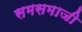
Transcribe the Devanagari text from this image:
समसमाजी